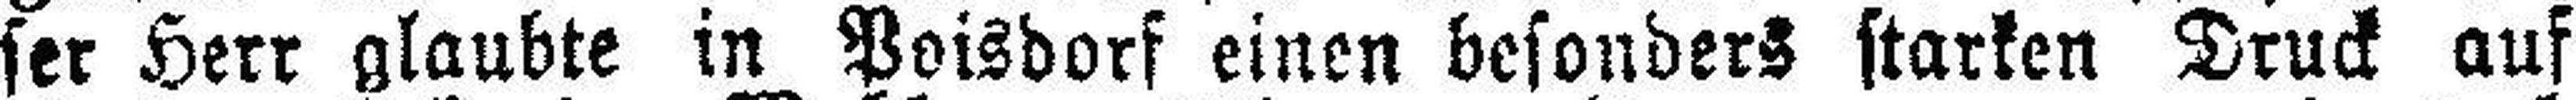
ser Herr glaubte in Poisdorf einen besonders starken Druck auf